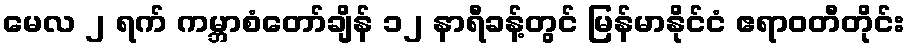
မေလ ၂ ရက် ကမ္ဘာစံတော်ချိန် ၁၂ နာရီခန့်တွင် မြန်မာနိုင်ငံ ဧရာဝတီတိုင်း